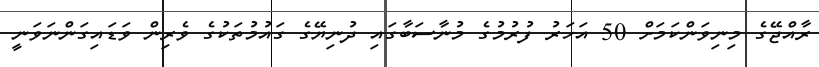
ރާއްޖޭގެ މިނިވަންކަމަށް 50 އަހަރު ފުރުމުގެ މުނާސަބާގައި ދުނިޔޭގެ ގައުމުތަކުގެ ވެރިން ވަޑައިގަންނަވަނީ